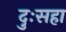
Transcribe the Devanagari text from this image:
दुःसहा